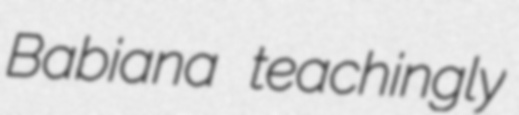
Babiana teachingly